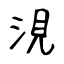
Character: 涀